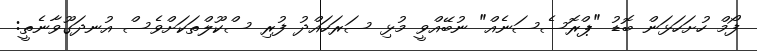
ފޯމް ހުށަހަޅަން ބޮޑު "ޕްރޮސެސަނެއް" ނުބޭއްވީ މުޅި ސަރަހައްދު ފުރި ސްކޫލްތަކަށްވެސް އުނދަގޫވާނެތީ: